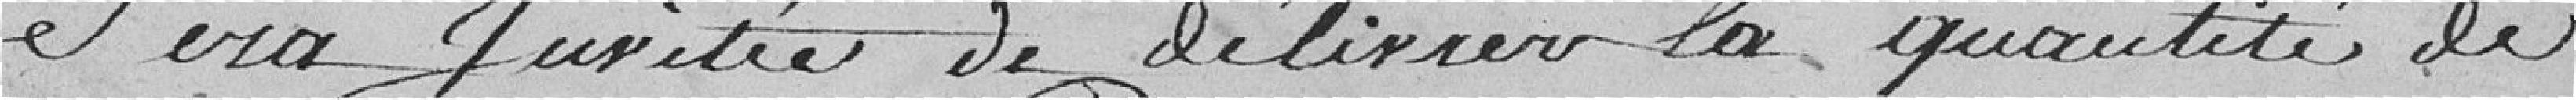
sera junitré et délivrer la quantité de